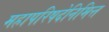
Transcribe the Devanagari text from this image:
महापरिषदेनिमित्त